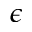
\epsilon